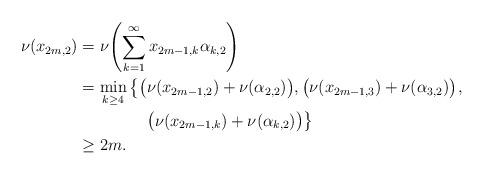
LaTeX: \begin{align*}\nu(x_{2m,2}) &=\nu{\left(\sum_{k=1}^\infty x_{2m-1,k}\alpha_{k,2}\right)}\\ &=\min_{k\geq4}{\left\{\big(\nu(x_{2m-1,2})+\nu(\alpha_{2,2})\big),\big(\nu(x_{2m-1,3})+\nu(\alpha_{3,2})\big)\right.},\\ &\qquad\qquad\left.\big(\nu(x_{2m-1,k})+\nu(\alpha_{k,2})\big)\right\}\\ &\geq2m.\end{align*}